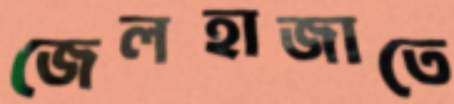
জেলহাজাতে